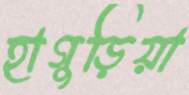
হাগুড়িয়া